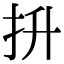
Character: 抍